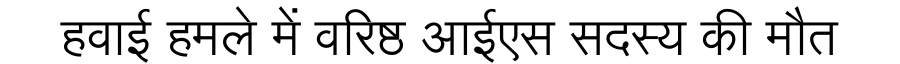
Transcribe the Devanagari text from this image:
हवाई हमले में वरिष्ठ आईएस सदस्य की मौत